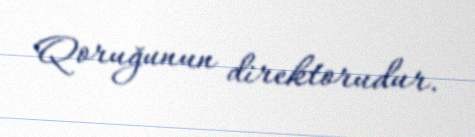
Qoruğunun direktorudur.